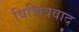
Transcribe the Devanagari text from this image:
विचित्रवाद